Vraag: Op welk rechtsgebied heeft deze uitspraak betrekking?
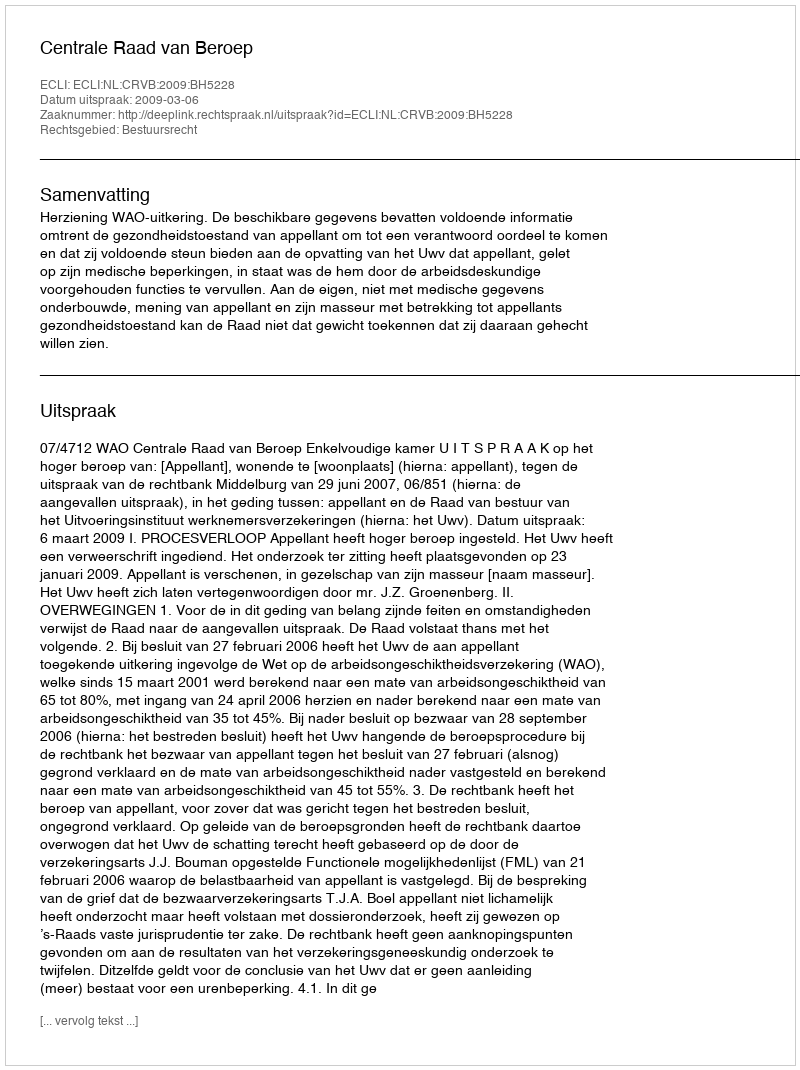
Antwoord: Bestuursrecht